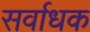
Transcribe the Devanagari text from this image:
सर्वाधक